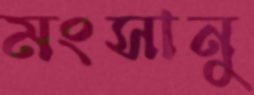
মংসানু